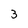
Character: 3